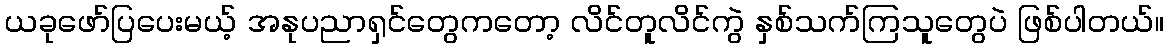
ယခုဖော်ပြပေးမယ့် အနုပညာရှင်တွေကတော့ လိင်တူလိင်ကွဲ နှစ်သက်ကြသူတွေပဲ ဖြစ်ပါတယ်။